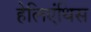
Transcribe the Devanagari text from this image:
हेलिएंथिस